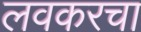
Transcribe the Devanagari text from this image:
लवकरचा